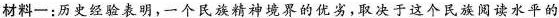
材料一：历史经验表明，一个民族精神境界的优劣，取决于这个民族阅读水平的